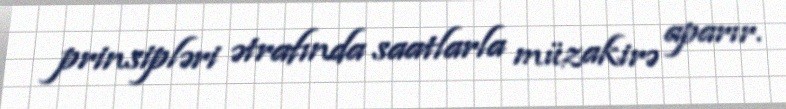
prinsipləri ətrafında saatlarla müzakirə aparır.